Lunatic asylums Punjab 1911-1921 - 1911-1921
Year: 1911
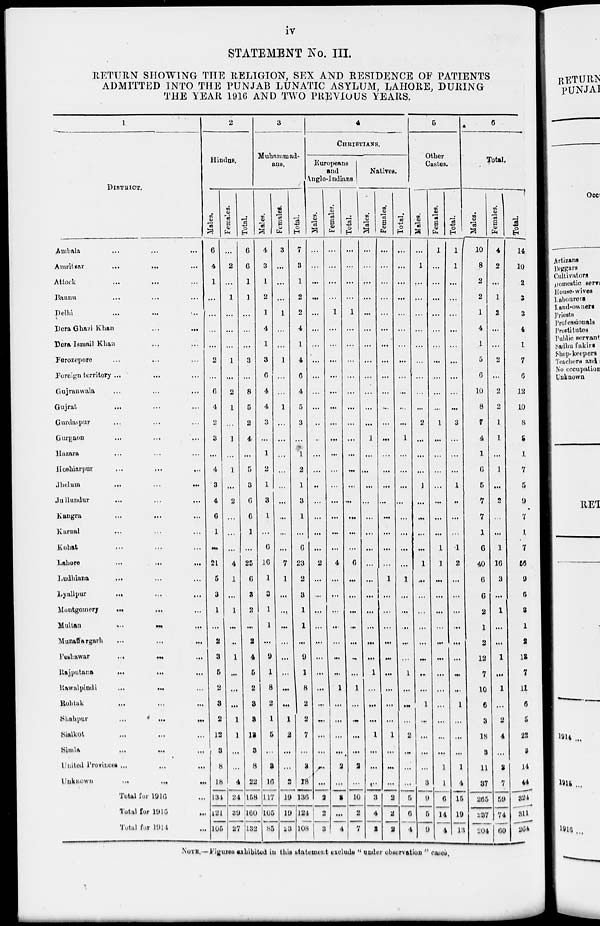
iv
STATEMENT No. III.
RETURN SHOWING THE RELIGION, SEX AND RESIDENCE OF PATIENTS
ADMITTED INTO THE PUNJAB LUNATIC ASYLUM, LAHORE, DURING
THE YEAR 1916 AND TWO PREVIOUS YEARS.
1
DISTRICT.
Ambala ... ... ...
Amritsar
...
...
...
Attock
...
...
...
Bannu ... ... ...
Delhi
...
...
...
Dera Ghazi Khan
...
...
Dera Ismail Khan ... ... ...
Ferozepore ... ... ...
Foreign territory ... ... ...
Gujranwala
...
...
...
Gujrat ... ... ...
Gurdaspur ... ... ...
Gurgaon
...
...
...
Hazara ... ... ...
Hoshiarpur
...
...
...
Jhelum
..
...
...
...
Jullundur
...
...
...
Kangra
...
...
...
Karnal ... ... ...
Kohat ... ... ...
Lahore
...
...
...
Ludhiana ... ... ...
Lyallpur
...
...
...
Montgomery
...
...
Multan
...
...
...
Muzaffargarh
...
...
...
Peshawar
...
...
...
Rajputana
...
...
...
Rawalpindi ... ... ...
Rohtak
...
...
...
Shahpur
...
...
...
Sialkot
...
...
...
Simla
...
...
...
United Provinces ... ... ...
Unknown ... ... ...
Total for 1916 ...
Total for 1915 ...
Total for 1914 ...
2
Hindus.
Males.
6
4
1
...
...
...
...
2
...
6
4
2
3
...
4
3
4
6
1
...
21
5
3
1
...
2
3
5
2
3
2
12
3
8
18
134
121
105
Females.
...
2
...
1
...
...
...
1
...
2
1
...
1
...
1
...
2
...
...
...
4
1
...
1
...
...
1
...
...
...
1
1
...
...
4
24
39
27
Total.
6
6
1
1
...
...
...
3
...
8
5
2
4
...
5
3
6
6
1
...
25
6
3
2
...
2
4
5
2
3
3
13
3
8
22
158
160
132
3
Muhammad-
ans.
Males.
4
3
1
2
1
4
1
3
6
4
4
3
...
1
2
1
3
1
...
6
16
1
3
1
1
...
9
1
8
2
1
5
3
2
16
117
105
85
Females.
3
...
...
...
1
...
...
1
...
...
1
...
...
...
...
...
...
...
...
...
7
1
...
...
...
...
...
...
...
...
1
2
...
...
2
19
19
23
Total.
7
3
1
2
2
4
1
4
6
4
5
3
...
1
2
1
3
1
..
6
23
2
3
1
1
...
9
1
8
2
2
7
..
2
18
136
124
108
4
CHRISTIANS.
Europeans
and
Anglo-Indians.
Males.
...
...
...
...
...
...
...
...
...
...
...
...
...
...
....
...
...
..
...
...
4
...
...
...
...
...
...
...
...
...
...
...
...
...
...
2
2
3
Females.
...
...
...
...
1
...
...
...
...
...
...
...
...
...
...
...
...
...
...
...
4
...
...
....
...
...
...
...
1
...
....
...
...
...
...
3
...
4
Total.
...
...
...
...
1
...
...
...
...
...
...
...
...
...
...
...
...
...
...
...
6
...
...
...
...
...
...
...
1
....
...
...
...
2
...
10
2
7
Natives.
Males.
...
...
...
...
...
...
...
...
...
...
...
...
1
...
...
...
...
...
...
...
...
...
...
...
...
...
...
1
...
...
...
...
...
...
...
3
4
2
Females.
...
...
...
...
...
...
...
...
...
...
...
...
...
...
...
...
...
...
...
...
...
1
...
...
...
...
...
...
...
...
...
1
...
...
...
2
2
2
Total.
...
...
...
...
...
...
...
...
...
...
...
...
1
...
...
...
...
...
...
...
...
1
...
...
...
...
..
1
..
...
..
2
...
...
...
5
6
4
5
Other
Castes.
Males.
...
1
...
...
...
...
...
...
...
...
...
2
...
...
...
1
...
...
...
...
1
...
...
...
...
...
...
...
...
1
...
...
...
...
3
9
5
9
Females.
1
...
...
...
...
...
...
...
...
...
...
1
...
...
...
...
...
...
...
1
1
...
...
...
...
...
...
..
...
...
...
...
...
1
1
6
14
4
Total.
1
1
...
...
...
...
...
...
...
...
...
8
...
...
...
1
..
...
...
1
2
...
...
...
...
...
...
...
...
1
...
...
...
1
4
15
19
13
6
Total.
Males.
10
8
2
2
1
4
1
5
6
10
8
7
4
1
6
5
7
7
1
6
40
6
6
2
1
2
12
7
10
6
3
18
3
11
37
265
237
204
Females.
4
2
...
1
2
...
...
2
...
2
2
1
1
...
1
...
2
...
...
1
16
3
...
1
...
...
1
...
1
...
2
4
...
3
7
59
74
60
Total.
14
10
2
3
3
4
1
7
6
12
10
8
5
1
7
5
9
7
1
7
56
9
6
3
1
2
13
7
11
6
5
22
3
14
44
324
311
264
NOTE.—Figures exhibited in this statement exclude '' under observation " cases.